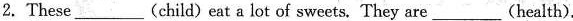
These ___(child) eat a lot of sweets. They are ___(health).